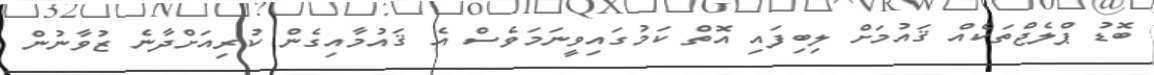
ބޮޑު ޕްލެޖްތަކެއް ޤައުމަށް ލިބިފައި އޮތް ކަމުގައިވީނަމަވެސް އެ ޤައުމާއިގެން ކުރިއަށްދާނެ ޒުވާނުން